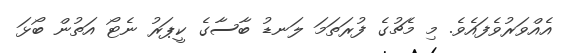
އެއްވަރުވެފައެވެ. މި މެޗުގެ ފުރަތަމަ ލަނޑު ބާސާގެ ކީޕަރު ނެޓޯ އަތުން ބޯޅަ